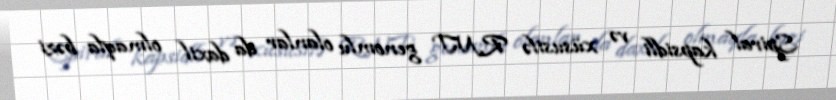
Spiral kapsidli və xüsusilə RNT genomlu olanlar da daxil olmaqla bəzi